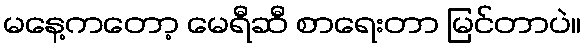
မနေ့ကတော့ မေရီဆီ စာရေးတာ မြင်တာပဲ။